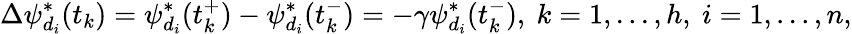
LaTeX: \Delta\psi_{d_{i}}^{*}(t_{k})=\psi_{d_{i}}^{*}(t_{k}^{+})-\psi_{d_{i}}^{*}(t_{k}^{-})=-\gamma\psi_{d_{i}}^{*}(t_{k}^{-}),\ k=1,...,h,\ i=1,...,n,